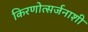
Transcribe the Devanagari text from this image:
किरणोत्सर्जनाशी